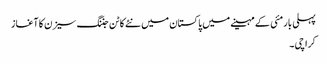
پہلی بار مئی کے مہینے میں پاکستان میں نئے کاٹن جننگ سیزن کا آغاز
کراچی ۔